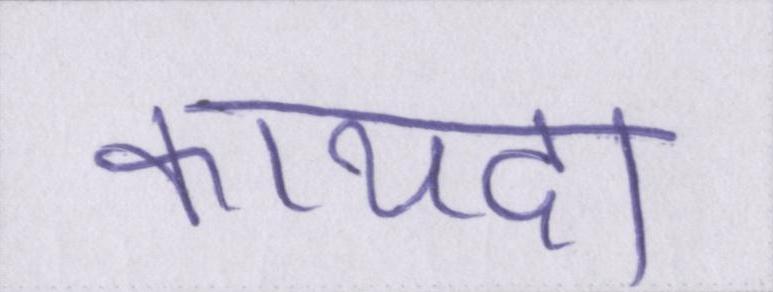
कायदा